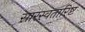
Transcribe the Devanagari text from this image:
सारस्वतारिष्ट